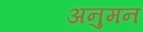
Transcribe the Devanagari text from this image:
अनुमन